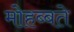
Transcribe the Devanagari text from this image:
मोहब्बते